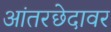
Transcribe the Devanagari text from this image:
आंतरछेदावर